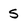
Character: S